Tartu_Muinsuskaitse_Uhendus, lk 7
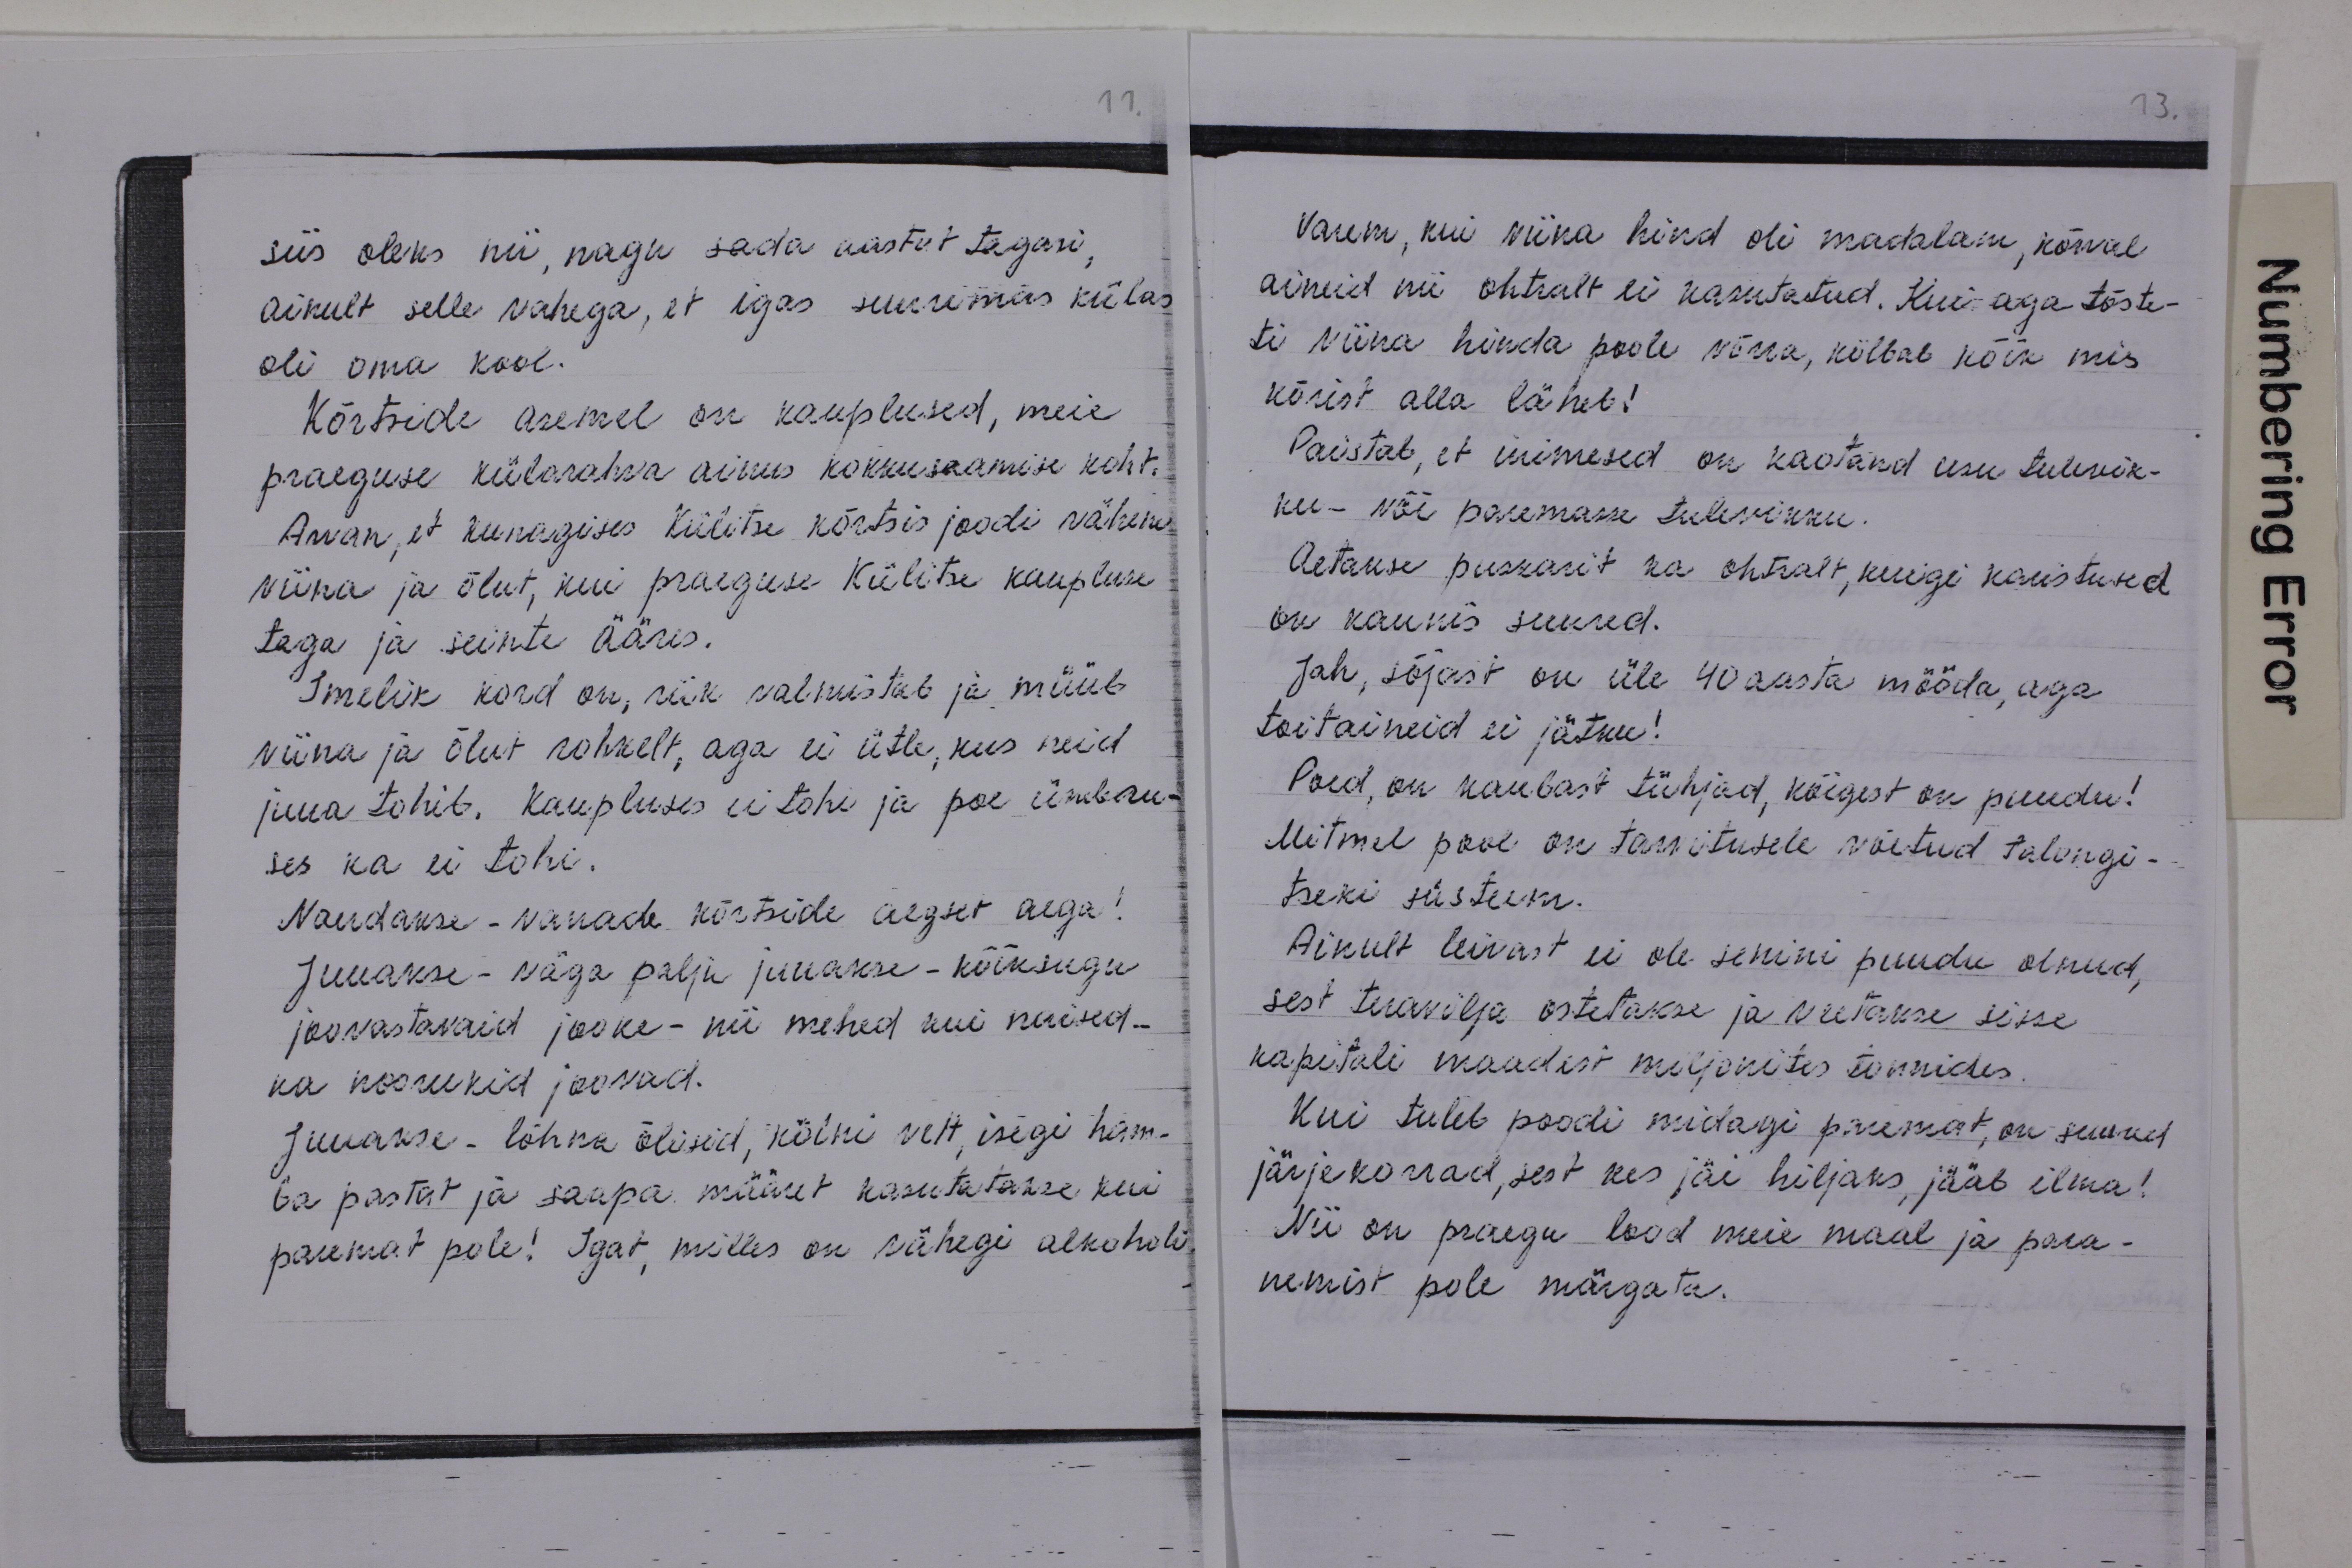
siis oleks nii, nagu sada aastat tagasi,
ainult selle vahega, et igas suuremas külas
oli oma kool.
Kõrtside asemel on kauplused, meie
praeguse külarahva ainus kokkusaamise koht.
Arvan, et kunagises Külitse kõrtsis joodi vähem
viina ja õlut, kui praeguse Külitse kaupluse
taga ja seinte ääres.
Imelik kord on, riik valmistab ja müüb
viina ja õlut rohkelt, aga ei ütle, kus neid
juua tohib. Kaupluses ei tohi ja poe ümbru-
ses ka ei tohi.
Naerdakse-vanade kõrtside aegset aega!
Juuakse - väga palju juuakse - kõiksugu
joovastavaid jooke - nii mehed kui naised,
ka noorukid joovad.
Juuakse - lõhna õlisid, kölni vett, isegi ham-
ba pastat ja saapa määret kasutatakse kui
paremat pole! Igat, milles on vähegi alkoholi

Varem, kui viina hind oli madalam, kõrval
aineid nii ohtralt ei kasutatud. Kui-aga tõste-
ti viina hinda poole võrra, kõlbab kõik mis
kõrist alla läheb!
Paistab, et inimesed on kaotand usu tulevik-
ku - või paremasse tulevikku.
Aetakse puskarit ka ohtralt, kuigi karistused
on kaunis suured.
Jah, sõjast on üle 40 aasta mööda, aga
toitaineid ei jätku!
Poed, on kaubast tühjad, kõigest on puudu!
Mitmel pool on tarvitusele võetud talongi-
tseki süsteem.
Ainult leivast ei ole senini puudu olnud,
sest teravilja ostetakse ja veetake sisse
kapitali maadest miljonites tonnides.
Kui tuleb poodi midagi paremat, on suured
järjekorrad, sest kes jäi hiljaks, jääb ilma!
Nii on praegu lood meie maal ja para-
nemist pole märgata.